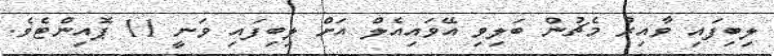
ލިބިފައި ވާއިރު މެޗުން ބަލިވި އޭވައިއެލް އަށް ލިބިފައި ވަނީ 11 ޕޮއިންޓެވެ.